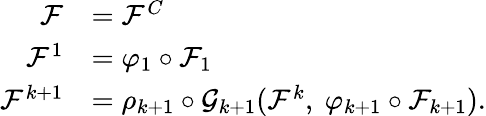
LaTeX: \begin{array}{rl}{\mathcal{F}}&{=\mathcal{F}^{C}}\\ {\mathcal{F}^{1}}&{=\varphi_{1}\circ\mathcal{F}_{1}}\\ {\mathcal{F}^{k+1}}&{=\rho_{k+1}\circ\mathcal{G}_{k+1}(\mathcal{F}^{k},\ \varphi_{k+1}\circ\mathcal{F}_{k+1}).}\end{array}